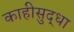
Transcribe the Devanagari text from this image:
काहीसुद्धा